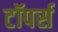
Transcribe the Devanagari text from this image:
टॉपर्स